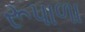
રૂપાળા